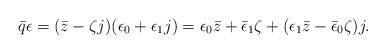
LaTeX: \begin{align*}\bar q\epsilon=(\bar z-\zeta j)(\epsilon_0+\epsilon_1j)=\epsilon_0\bar z+\bar\epsilon_1\zeta+(\epsilon_1\bar z-\bar\epsilon_0\zeta)j.\end{align*}